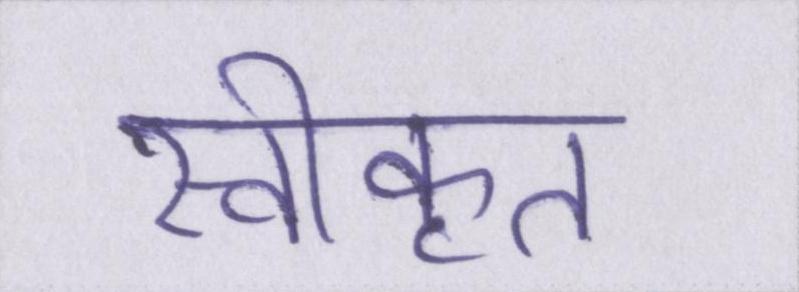
स्वीकृत